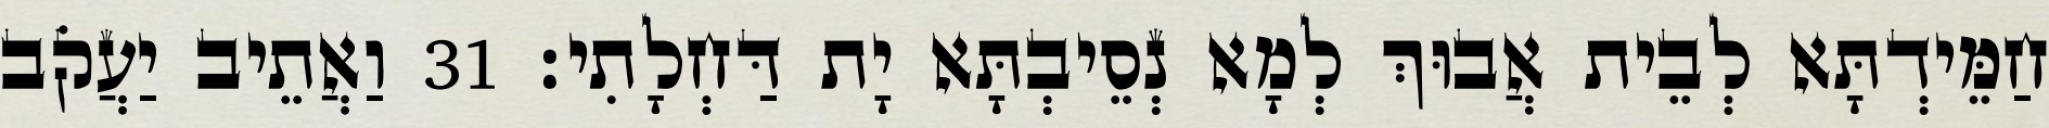
חַמֵּידְתָּא לְבֵית אֲבוּךְ לְמָא נְסֵיבְתָּא יָת דַּחְלָתִי׃ 31 וַאֲתֵיב יַעֲקֹב